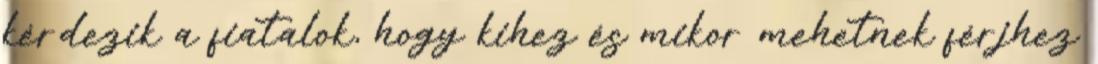
kérdezik a fiatalok, hogy kihez és mikor mehetnek férjhez